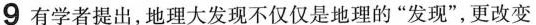
9有学者提出，地理大发现不仅仅是地理的”发现”，更改变